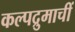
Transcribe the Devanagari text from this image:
कल्पद्रुमाचीं